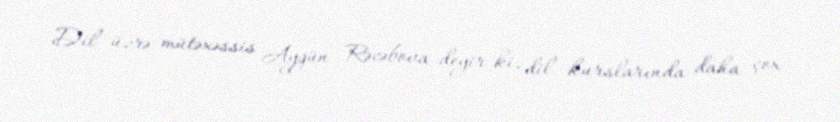
Dil üzrə mütəxəssis Aygün Rəcəbova deyir ki, dil kurslarında daha çox